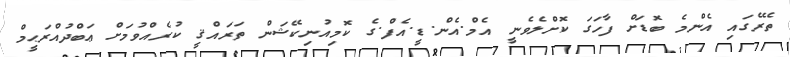
ތެރޭގައި އެންމެ ބޮޑަށް ފާހަގަ ކޮށްލެވެނީ އެމް.އެން.ޑީ.އެފް.ގެ ކޮމިއުނިކޭޝަން ތަރައްޤީ ކުރެއްވުމަށް ޢަބްދުއްރަޙީމް